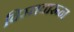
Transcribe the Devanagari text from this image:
विस्तवारून